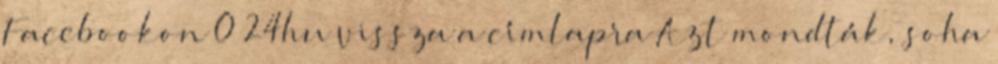
Facebookon 0 24hu vissza a címlapra Azt mondták, soha